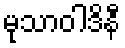
မုသာဝါဒိနီ